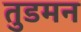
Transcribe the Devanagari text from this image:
तुडमन